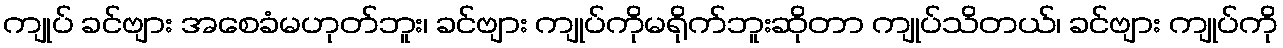
ကျုပ် ခင်ဗျား အစေခံမဟုတ်ဘူး၊ ခင်ဗျား ကျုပ်ကိုမရိုက်ဘူးဆိုတာ ကျုပ်သိတယ်၊ ခင်ဗျား ကျုပ်ကို